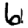
Digit: 6